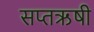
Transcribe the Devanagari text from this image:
सप्तऋषी